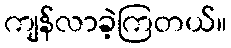
ကျန်လာခဲ့ကြတယ်။